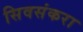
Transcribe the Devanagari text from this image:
सिवसंकरा